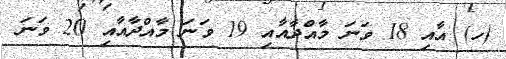
(ހ) އާއި 18 ވަނަ މާއްދާއާއި 19 ވަނަ މާއްދާއާއި 20 ވަނަ